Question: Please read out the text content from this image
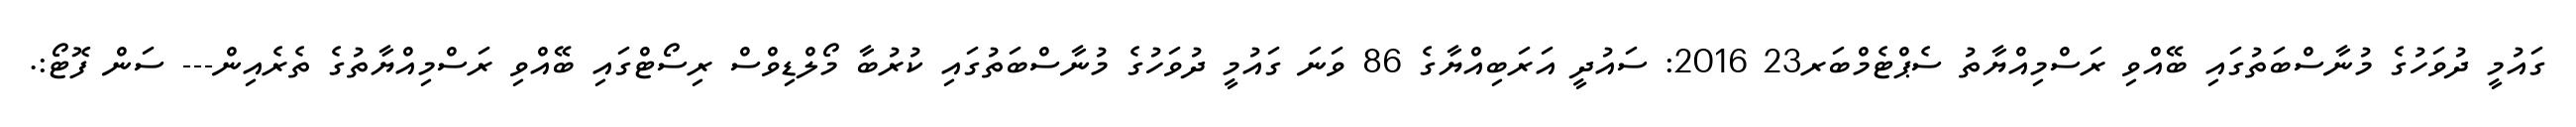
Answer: ގައުމީ ދުވަހުގެ މުނާސްބަތުގައި ބޭއްވި ރަސްމިއްޔާތު ސެޕްޓެމްބަރ23 2016: ސައުދީ އަރަބިއްޔާގެ 86 ވަނަ ގައުމީ ދުވަހުގެ މުނާސްބަތުގައި ކުރުބާ މޯލްޑިވްސް ރިސޯޓްގައި ބޭއްވި ރަސްމިއްޔާތުގެ ތެރެއިން--- ސަން ފޮޓޯ:.